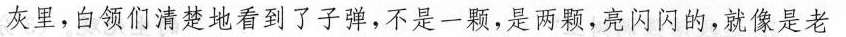
灰里，白领们清楚地看到了子弹，不是一颗，是两颗，亮闪闪的，就像是老